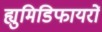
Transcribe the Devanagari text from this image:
ह्युमिडिफायरों